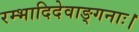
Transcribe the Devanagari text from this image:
रम्भादिदेवाङ्गनाः।